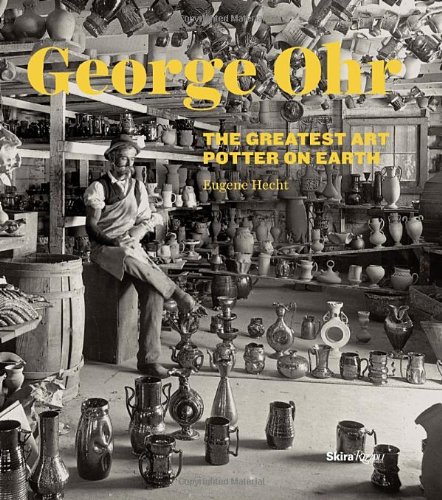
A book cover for George Ohr: The Greatest Art Potter on Earth; Eugene Hecht; Crafts, Hobbies & Home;